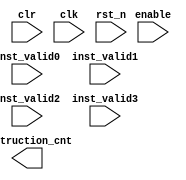
module performCount_is(/*autoarg*/
   // Outputs
   instruction_cnt,
   // Inputs
   inst_valid0, inst_valid1, inst_valid2, inst_valid3, enable, clr,
   clk, rst_n
   );

   input inst_valid0, inst_valid1, inst_valid2, inst_valid3;

   input enable;
   input clr;
   input clk,rst_n;
   wire [1:0] valid_inst;
   
   output [15:0] instruction_cnt;


   reg [15:0] 	 inst_count;

   assign valid_inst = inst_valid0 + inst_valid1 + inst_valid2 + inst_valid3;
 
   
   
   always@(posedge clk, negedge rst_n)
     begin
	if(!rst_n)
	  inst_count <= 16'b0;
	else if(clr)
	  inst_count <= 16'b0;
	else if( enable)
	  inst_count <= inst_count + valid_inst;
	else
	  inst_count <= inst_count;
     end

endmodule // performCount_is